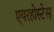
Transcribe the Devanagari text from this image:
एयरहोस्टेस